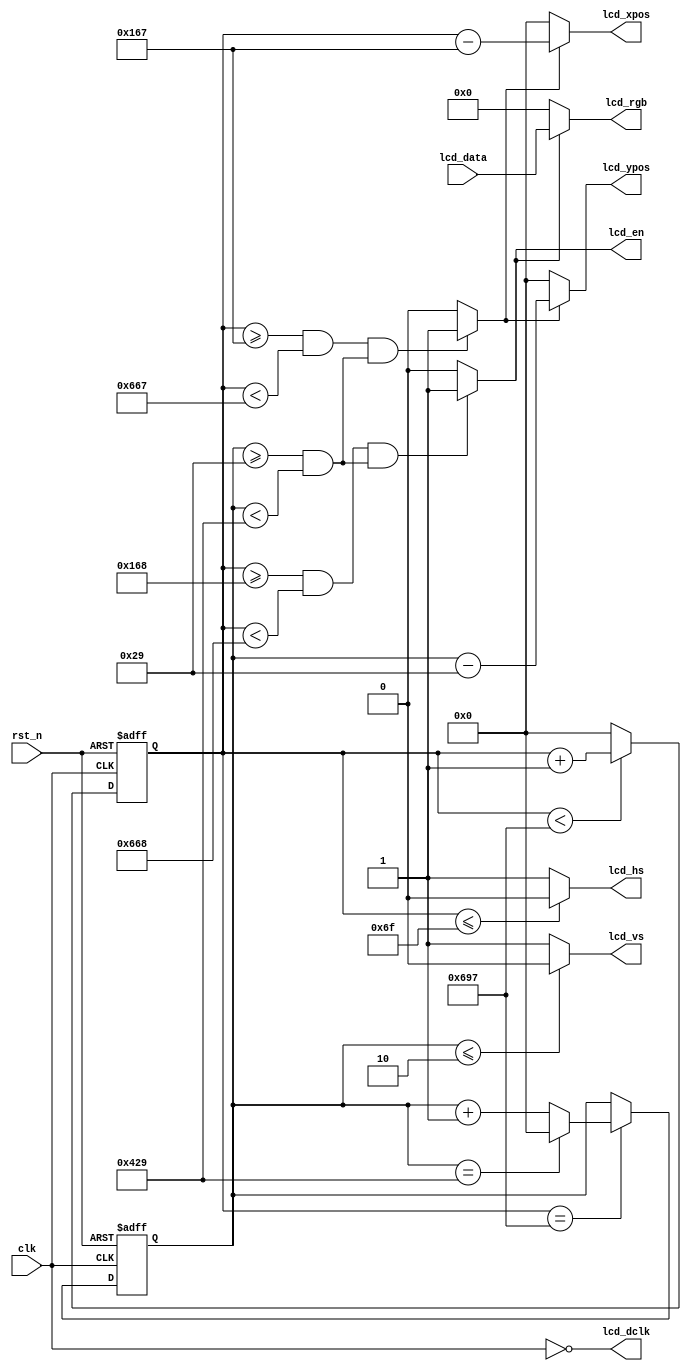
// This program was cloned from: https://github.com/verimake-team/SparkRoad-V
// License: MIT License

`timescale 1ns/1ns
/* VGA
************	clk		 	H_SYNC 		H_BACK 		H_DISP 		H_FRONT 	H_TOTAL 		V_SYNC 		V_BACK 		V_DISP 		V_FRONT 	V_TOTAL		*
640x480@60Hz	25.2MHz		96			48 			640 		16 			800 			2			33			480 		10			525		*
800x600@60Hz	40MHz		128			88 			800 		40 			1056			4			23			600 		1			628		*
1024x768@60Hz	65MHz		136			160 		1024 		24 			1344			6			29			768 		3			806		*
1280x720@60Hz	74.25MHz	40			220 		1280 		110			1650			5			20			720 		5			750		*
1280x1024@60Hz	108MHz		112			248 		1280 		48 			1688			3			38			1024		1			1066	*
1920x1080@60Hz	148.5MHz	44			148 		1920 		88 			2200			5			36			1080		4			1125	*
*/	
module Driver
#(
	parameter H_SYNC = 112	, 		// 
	parameter H_BACK = 248	, 		// 
	parameter H_DISP = 1280	, 		// 
	parameter H_FRONT = 48	, 		// 
	parameter H_TOTAL = 1688, 		// 
			
	parameter V_SYNC = 3	, 		// 
	parameter V_BACK = 38	, 		// 
	parameter V_DISP = 1024	, 		// 
	parameter V_FRONT = 1	, 		// 
	parameter V_TOTAL = 1066  		// 
)
(
	input  wire			clk,			//VGA clock
	input  wire			rst_n,     		//sync reset
	input  wire	[23:0]	lcd_data,		//lcd data
	
	//lcd interface
	output wire			lcd_dclk,   	//lcd pixel clock
	output wire			lcd_hs,	    	//lcd horizontal sync
	output wire			lcd_vs,	    	//lcd vertical sync
	output wire			lcd_en,			//lcd display enable
	output wire	[23:0]	lcd_rgb,		//lcd display data

	//user interface
	output wire	[11:0]	lcd_xpos,		//lcd horizontal coordinate
	output wire	[11:0]	lcd_ypos		//lcd vertical coordinate
);	
 
localparam	H_AHEAD = 	12'd1;

reg [11:0] hcnt; 
reg [11:0] vcnt;
wire lcd_request;

/*******************************************
		SYNC--BACK--DISP--FRONT
*******************************************/ 
//h_sync counter & generator
always @ (posedge clk or negedge rst_n)
begin
	if (!rst_n)
		hcnt <= 12'd0;
	else
	begin
        if(hcnt < H_TOTAL - 1'b1)		//line over			
            hcnt <= hcnt + 1'b1;
        else
            hcnt <= 12'd0;
	end
end 

assign	lcd_hs = (hcnt <= H_SYNC - 1'b1) ? 1'b0 : 1'b1; // line over flag

//v_sync counter & generator
always@(posedge clk or negedge rst_n)
begin
	if (!rst_n)
		vcnt <= 12'b0;
	else if(hcnt == H_TOTAL - 1'b1)	//line over
		begin
		if(vcnt == V_TOTAL - 1'b1)		//frame over
			vcnt <= 12'd0;
		else
			vcnt <= vcnt + 1'b1;
		end
end

assign	lcd_vs = (vcnt <= V_SYNC - 1'b1) ? 1'b0 : 1'b1; // frame over flag

// LED clock
assign	lcd_dclk = ~clk;

// Control Display
assign	lcd_en		=	(hcnt >= H_SYNC + H_BACK  && hcnt < H_SYNC + H_BACK + H_DISP) &&
						(vcnt >= V_SYNC + V_BACK  && vcnt < V_SYNC + V_BACK + V_DISP) 
						? 1'b1 : 1'b0;                   // Display Enable Signal
						
assign	lcd_rgb 	= 	lcd_en ? lcd_data : 24'h000000;	

//ahead x clock
assign	lcd_request	=	(hcnt >= H_SYNC + H_BACK - H_AHEAD && hcnt < H_SYNC + H_BACK + H_DISP - H_AHEAD) &&
						(vcnt >= V_SYNC + V_BACK && vcnt < V_SYNC + V_BACK + V_DISP) 
						? 1'b1 : 1'b0;
//lcd xpos & ypos
assign	lcd_xpos	= 	lcd_request ? (hcnt - (H_SYNC + H_BACK - H_AHEAD)) : 12'd0;
assign	lcd_ypos	= 	lcd_request ? (vcnt - (V_SYNC + V_BACK)) : 12'd0;

endmodule